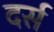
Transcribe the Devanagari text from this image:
दर्स